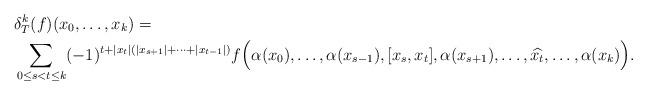
LaTeX: \begin{align*}& \delta^{k}_T(f)(x_{0},\dots,x_{k}) =\\& \sum_{0\leq s < t\leq k}(-1)^{t+|x_{t}|(|x_{s+1}|+\dots+|x_{t-1}|)} f\Big(\alpha(x_{0}),\dots,\alpha(x_{s-1}),[x_{s},x_{t}],\alpha(x_{s+1}),\dots,\widehat{x_{t}},\dots,\alpha(x_{k})\Big). \end{align*}